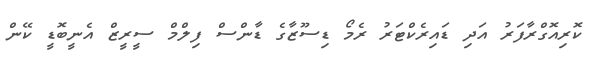
ކޮރިއޮގްރާފަރު އަދި ޑައިރެކްޓަރު ރެމޯ ޑިސޫޒާގެ ޑާންސް ފިލްމް ސީރީޒް އެނީބޮޑީ ކޭން